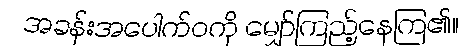
အခန်းအပေါက်ဝကို မျှော်ကြည့်နေကြ၏။